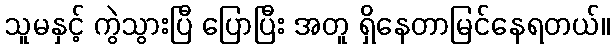
သူမနှင့် ကွဲသွားပြီ ပြောပြီး အတူ ရှိနေတာမြင်နေရတယ်။